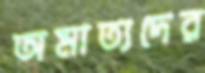
অমাত্যদের